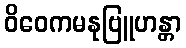
ဝိဝေကမနုဗြူဟန္တာ